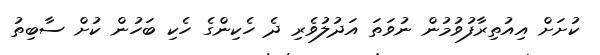
ކުށަށް އިއުތިރާފުވުމުން ނުވަތަ އަދުލުވެރި ދެ ހެކިންގެ ހެކި ބަހުން ކުށް ސާބިތު